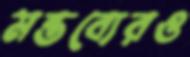
মন্তব্যেরও